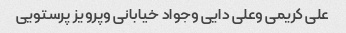
علی کریمی وعلی دایی وجواد خیابانی وپرویز پرستویی